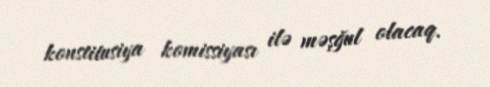
konstitusiya komissiyası ilə məşğul olacaq.